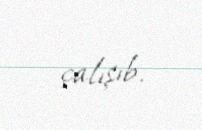
çalışıb.